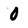
Character: 0